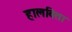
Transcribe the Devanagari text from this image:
हालविता